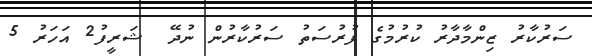
ސަރުކާރު ޒިންމާދާރު ކުރުމުގެ ފުރުސަތު ސަރުކާރުން ނުދޭ  ޝަރީފު2 އަހަރު 5